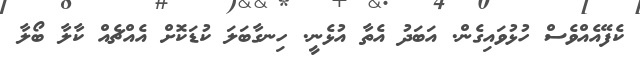
ކެފޭއެއްވެސް ހުޅުވައިގެން. އަބަދު އެތާ އުޅެނީ. ހިނގާބަލަ ކުޑަކޮށް އެއްޗެއް ކާލާ ބޯލާ